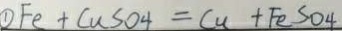
\textcircled { 1 } F e + C u S O 4 = C u + F e S O 4